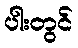
ပါးတွင်